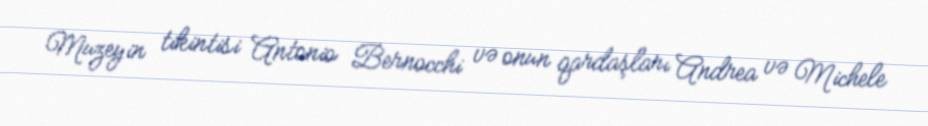
Muzeyin tikintisi Antonio Bernocchi və onun qardaşları Andrea və Michele